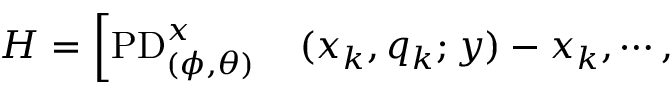
\begin{array} { r l } { H = \left[ \mathrm { P D } _ { ( \phi , \theta ) } ^ { x } \right. } & { { } ( x _ { k } , q _ { k } ; y ) - x _ { k } , \cdots , } \end{array}